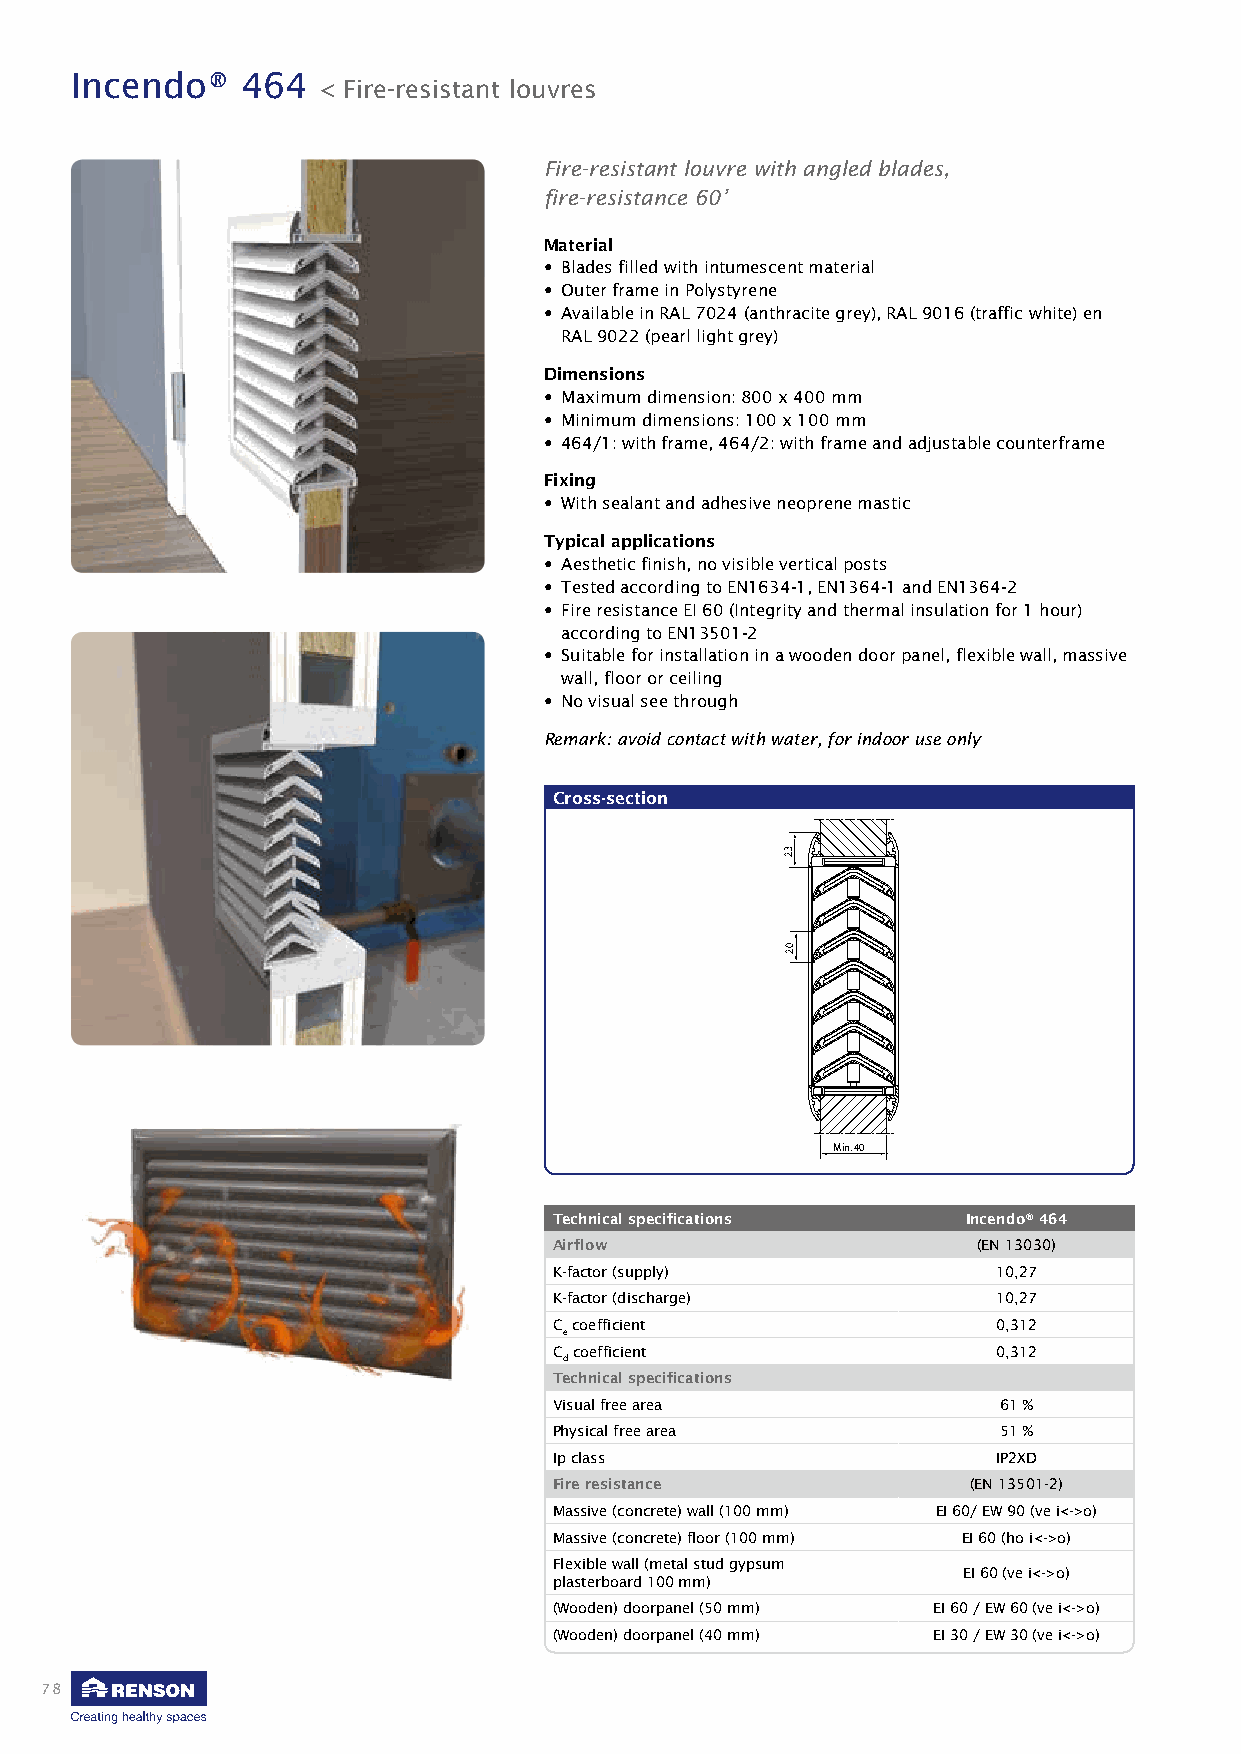
Incendo®   464
 < Fire-resistant louvres
 Fire-resistant louvre with angled blades,
 fire-resistance 60’
 Material
 • Blades filled with intumescent material
 • Outer frame in Polystyrene
 • Available in RAL 7024 (anthracite grey), RAL 9016 (traffic white) en
 RAL 9022 (pearl light grey)
 Dimensions
 • Maximum dimension: 800 x 400 mm
 • Minimum dimensions: 100 x 100 mm
 • 464/1: with frame, 464/2: with frame and adjustable counterframe
 Fixing
 • With sealant and adhesive neoprene mastic
 Typical applications
 • Aesthetic finish, no visible vertical posts
 • Tested according to EN1634-1, EN1364-1 and EN1364-2
 • Fire resistance EI 60 (Integrity and thermal insulation for 1 hour)
 according to EN13501-2
 • Suitable for installation in a wooden door panel, flexible wall, massive
 wall, floor or ceiling
 • No visual see through
 Remark: avoid contact with water, for indoor use only
 Cross-section
 Min. 40
 Technical specifications   Incendo® 464
 Airflow                     (EN 13030)
 K-factor (supply)            10,27
 K-factor (discharge)         10,27
 C coefficient                0,312
 e
 C coefficient                0,312
 d
 Technical specifications
 Visual free area             61 %
 Physical free area           51 %
 Ip class                     IP2XD
 Fire resistance            (EN 13501-2)
 Massive (concrete) wall (100 mm) EI 60/ EW 90 (ve i<->o)
 Massive (concrete) floor (100 mm) EI 60 (ho i<->o)
 Flexible wall (metal stud gypsum
 EI 60 (ve i<->o)
 plasterboard 100 mm)
 (Wooden) doorpanel (50 mm) EI 60 / EW 60 (ve i<->o)
 (Wooden) doorpanel (40 mm) EI 30 / EW 30 (ve i<->o)
 78
 32
 02